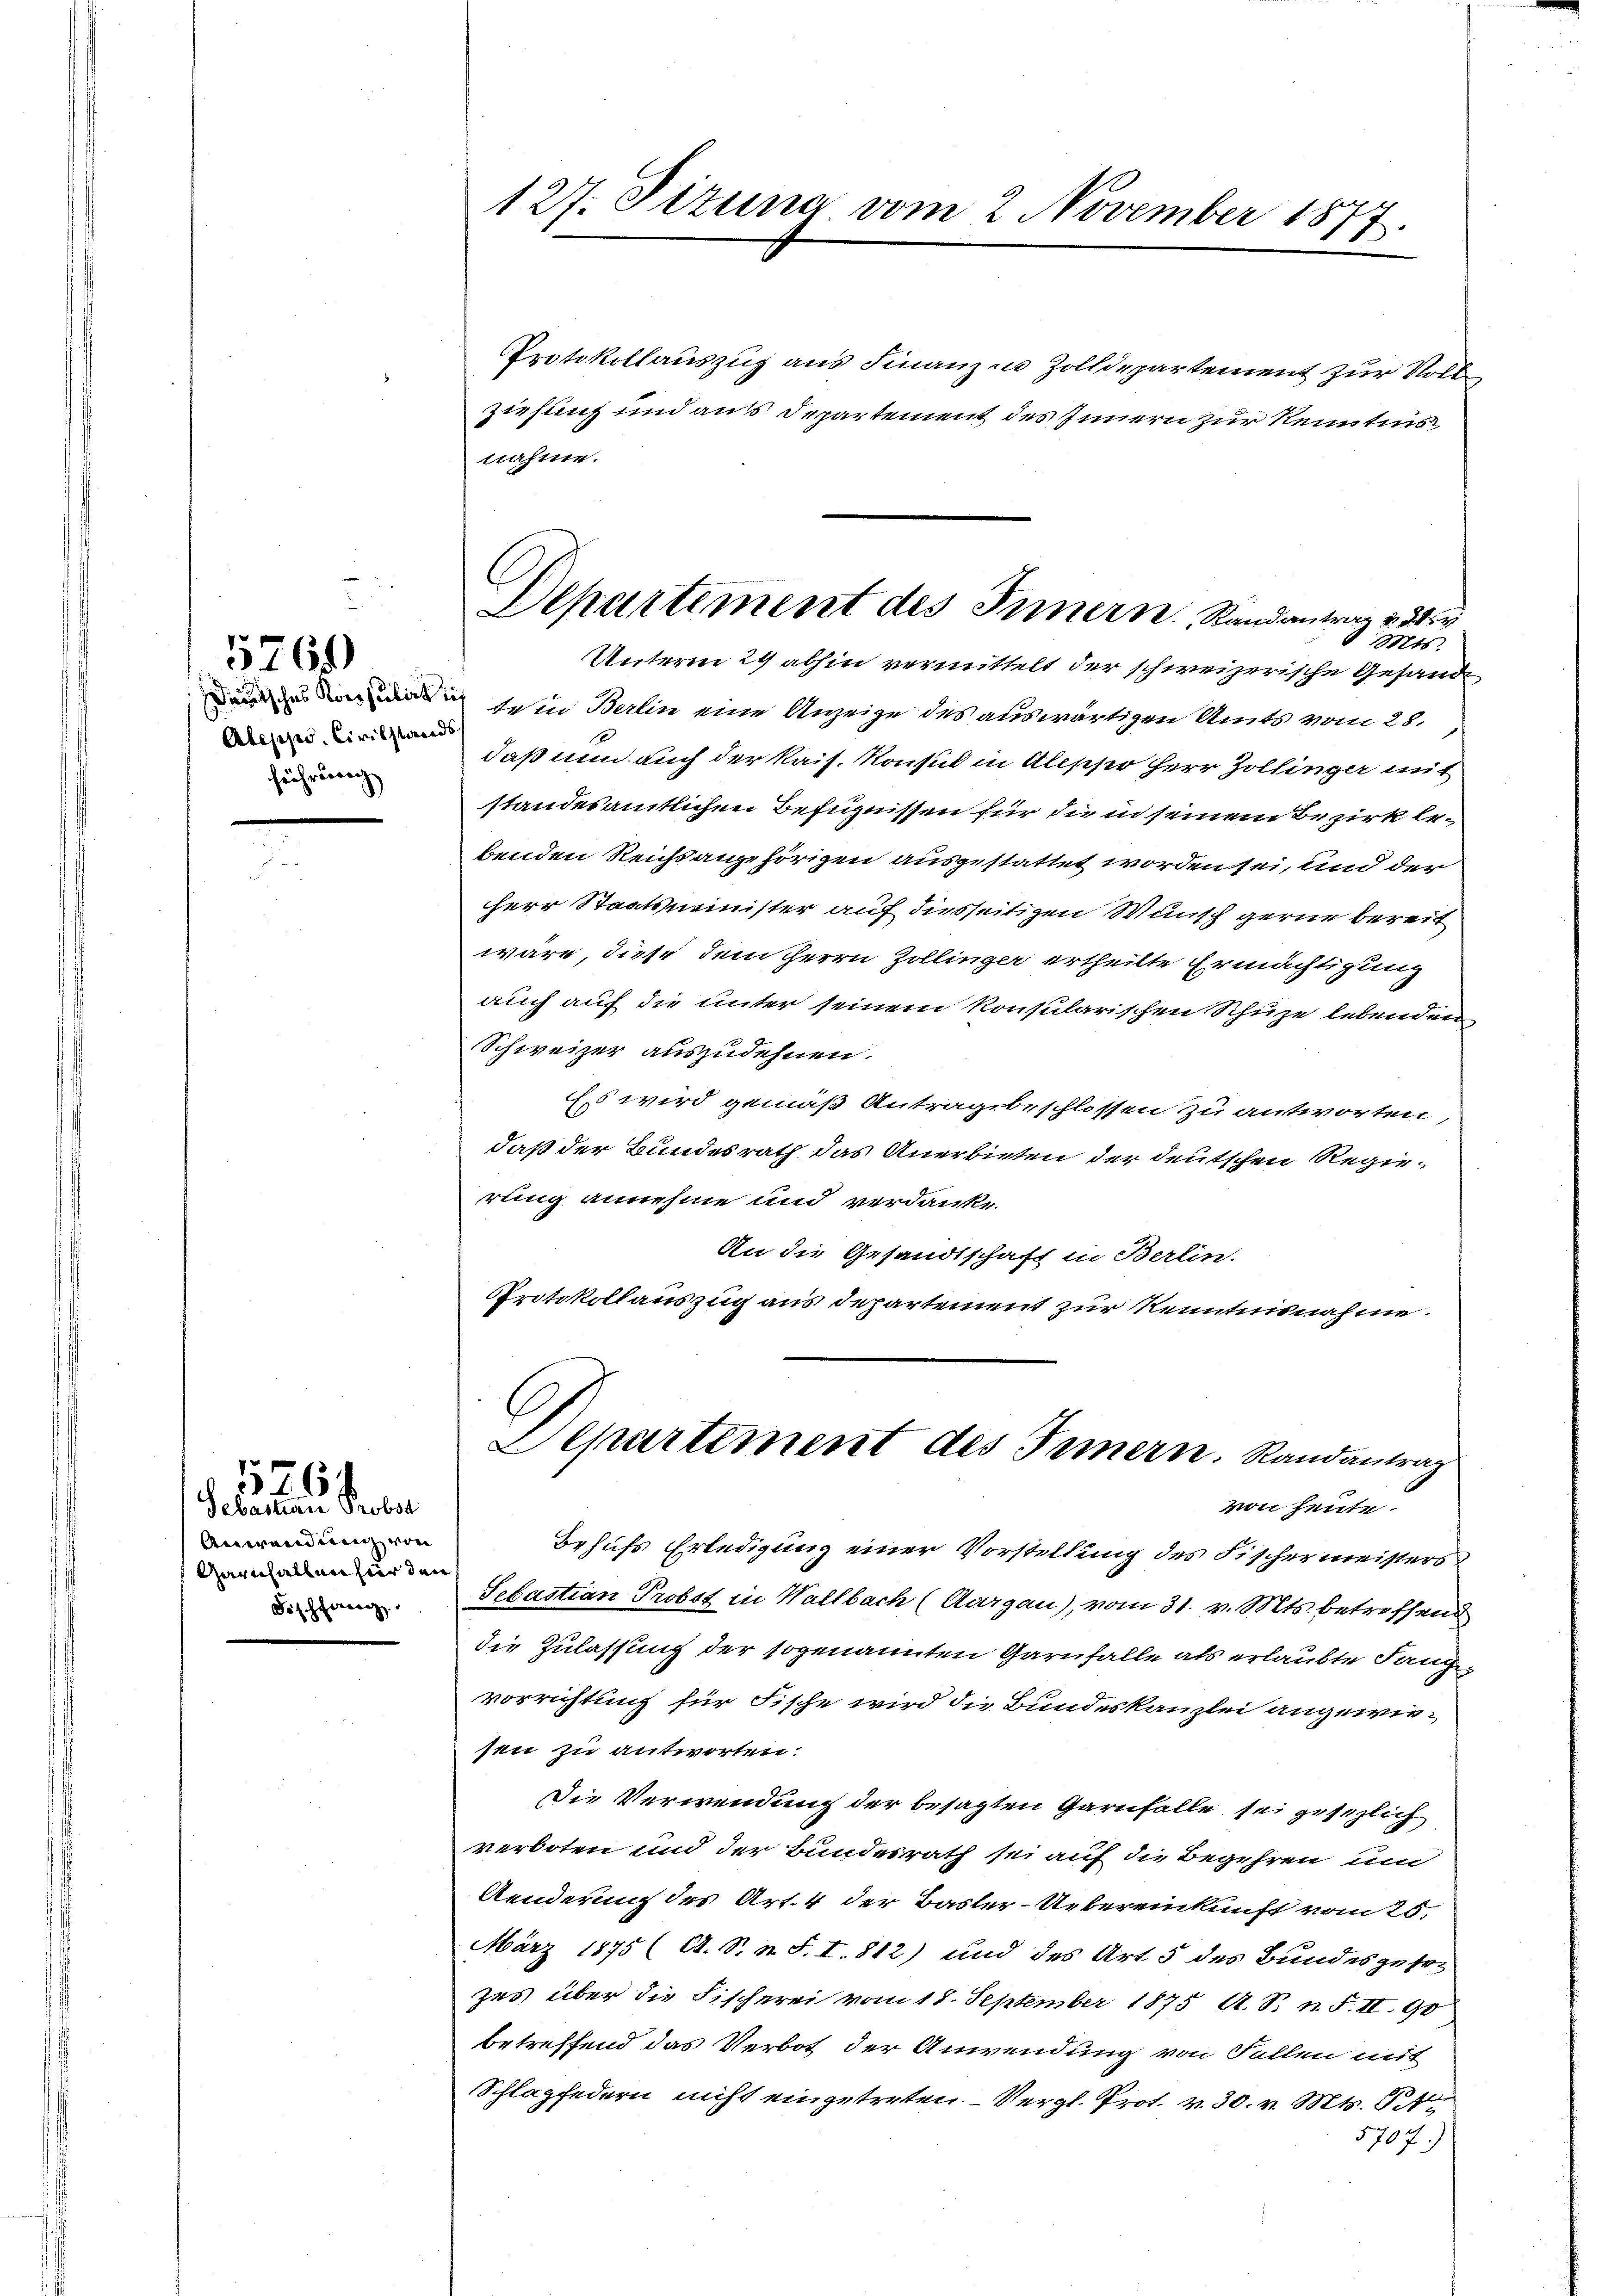
Abepps. Civilstands
führung

5769)

Sebastian Probst
Anwendung von
Garnhalten für den
Fischferenz

1526.

127. Sizung vom 2. November 1877.

Departement des Innern Randantrag 234
 Mts.

Protokollauszug aus Finanzen Zolldepartement zur Voll
Ziehung und aus Departement des Innern zur Kenntnis
nahme.
Unterm 29 abhin vermittelt der schweizerische Gesandt
i sein Berlin eine Anzeige des auswärtigen Amts vom 28.
daß nun auch der Kais. Konsul in Aleppo Herr Zollinger mit
standesamtlichen Befugnissen für die in seinem Bezirk lebenden Reichsangehörigen ausgestattet worden sei, und der
Herr Staatsminister auf diesseitigen Wunsch gerne bereit
wäre, diese dem Herrn Zollinger ertheilte Ermächtigung
auch auf die unter seinem konsularischen Schuze lebenden
Schweizer auszudehnen.
Es wird gemäß Antragsbeschlossen zu antworten,
daß der Bundesrath das Anerbieten der deutschen Regierung annehme und verdanke
An die Gesandtschaft in Berlin.
Protokollauszug aus departement zur Kenntnisnahme.
Departement des Innern. Randantrag
von heute.
Behufs Erledigung einer Vorstellung des Fischermeisters
Sebastian Probst in Wallbach (Aargau), vom 31. v. Mts. betreffend
die Zulassung der sogenannten Garnfalle als erlaubte Sang-
vorrichtung für Fische wird die Bundeskanzlei angewiesen zu antworten.
Die Verwendung der besagten Garnfalle sei gesezlich
verboten und der Bundesrath sei auf die Begehren und
Aenderung des Art. 4 der Basler-Uebereinkunft vom 25.
März 1875 (O. S. n. F. I. 812) und des Art. 5 des Bundesgese
zes über die Fischerei vom 18. September 1875 A. S. n. F. II. 90
betreffend das Verbot der Anwendung von Fallen mit
Schlagfedern nicht eingetreten Vergl. Prof. v. 30. v. Mts. S.
5707)